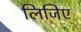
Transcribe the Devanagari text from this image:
लिजिए